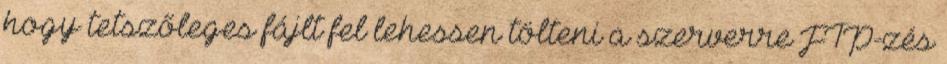
hogy tetszőleges fájlt fel lehessen tölteni a szerverre FTP-zés